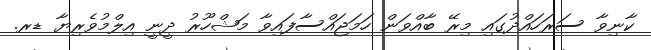
ކާނިވާ ސަރަހައްދުގައި މިރޭ ބާއްވަން ހަމަޖައްސާފައިވާ މަޝްހޫރު ދީނީ އިލްމުވެރިޔާ ޑރ.